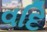
વદિ